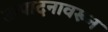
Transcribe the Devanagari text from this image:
उत्पादनावरून